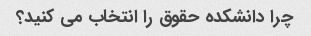
چرا دانشکده حقوق را انتخاب می کنید؟